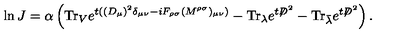
\ln J = \alpha \left( \mathrm { T r } _ { V } e ^ { t ( ( D _ { \mu } ) ^ { 2 } \delta _ { \mu \nu } - i F _ { \rho \sigma } ( M ^ { \rho \sigma } ) _ { \mu \nu } ) } - \mathrm { T r } _ { \lambda } e ^ { t { \not D } ^ { 2 } } - \mathrm { T r } _ { \bar { \lambda } } e ^ { t { \not D } ^ { 2 } } \right) .